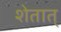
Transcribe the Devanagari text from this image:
शेतात्